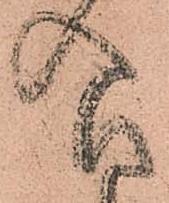
食